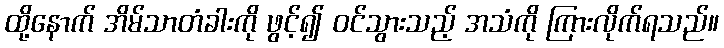
ထို့နောက် အိမ်သာတံခါးကို ဖွင့်၍ ဝင်သွားသည့် အသံကို ကြားလိုက်ရသည်။